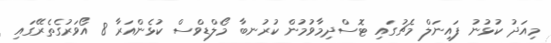
މިއަދު ކުޅުނު ފައިނަލް މެޗުގައި ޓޮސްދިމާވުމުން ކުރުނބާ މޯލްޑިވްސް ކުޅެންއަރާ 8 އޯވަރުގެތެރޭގައި